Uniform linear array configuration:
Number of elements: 48
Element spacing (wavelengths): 0.25
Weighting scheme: hann
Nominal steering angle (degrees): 30
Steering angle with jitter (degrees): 28.13
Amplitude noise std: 0.05
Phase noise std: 0.05

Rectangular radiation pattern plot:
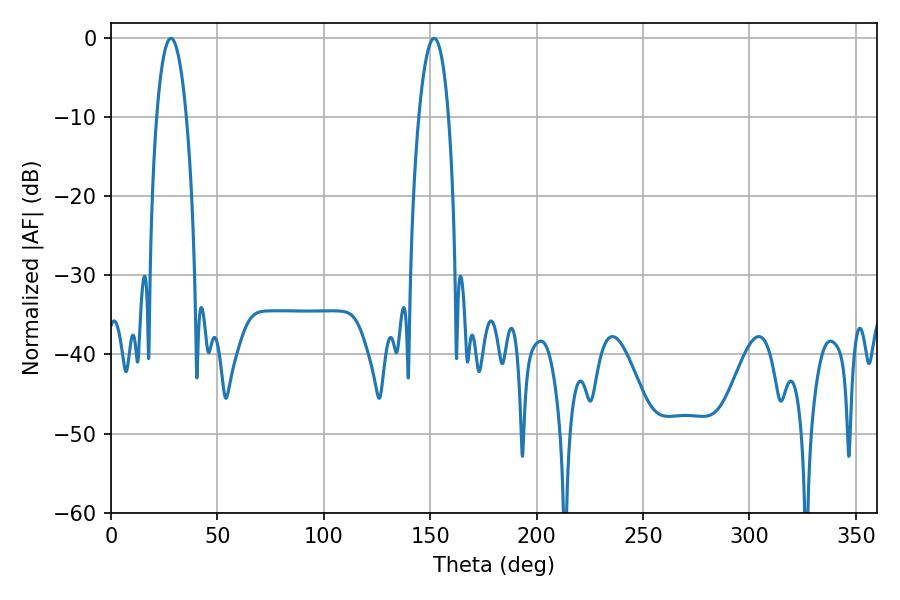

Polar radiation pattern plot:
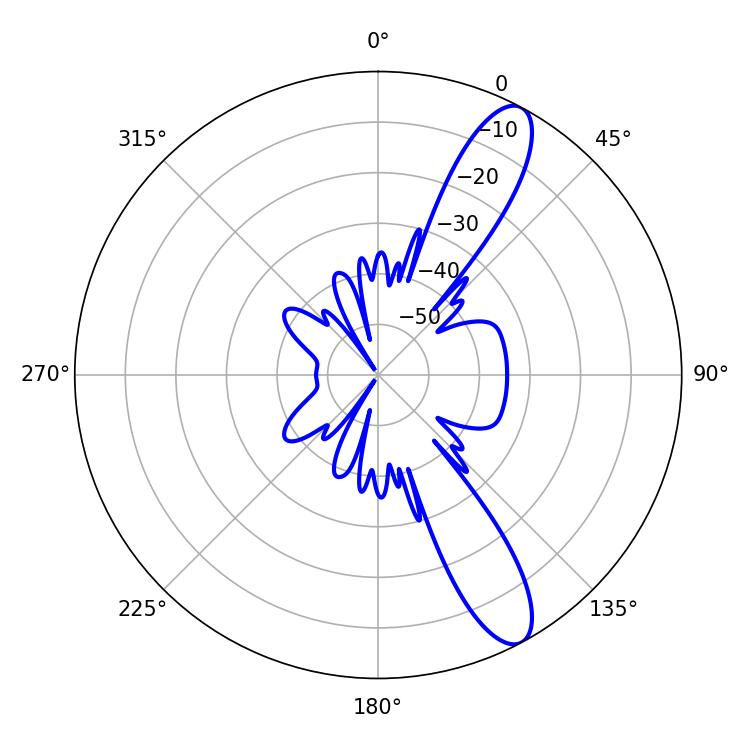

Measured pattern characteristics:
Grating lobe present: FALSE
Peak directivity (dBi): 11.615
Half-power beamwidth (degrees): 7.92
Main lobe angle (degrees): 28.08